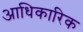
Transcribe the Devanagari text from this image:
अाधिकारिक